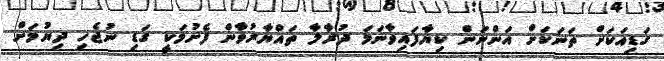
ގަޑިއަކަށް ތަނަކަށް އަންނަން ކިޔާފައިވާނަމަ ދުރާލާ ތައްޔާރުވާން ފެށުމަކީ ގަޑި ނުޖެހި ދިޔުމަށް